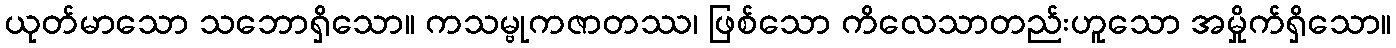
ယုတ်မာသော သဘောရှိသော။ ကသမ္ဗုကဇာတဿ၊ ဖြစ်သော ကိလေသာတည်းဟူသော အမှိုက်ရှိသော။